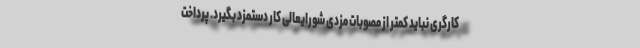
کارگری نباید کمتر از مصوبات مزدی شورایعالی کار دستمزد بگیرد. پرداخت